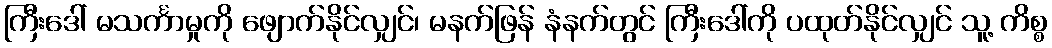
ကြီးဒေါ် မသင်္ကာမှုကို ဖျောက်နိုင်လျှင်၊ မနက်ဖြန် နံနက်တွင် ကြီးဒေါ်ကို ပထုတ်နိုင်လျှင် သူ့ ကိစ္စ